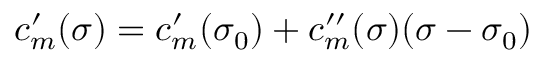
c _ { m } ^ { \prime } ( \sigma ) = c _ { m } ^ { \prime } ( \sigma _ { 0 } ) + c _ { m } ^ { \prime \prime } ( \sigma ) ( \sigma - \sigma _ { 0 } )